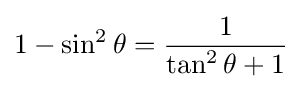
1-\sin ^{2}\theta ={\frac {1}{\tan ^{2}\theta +1}}